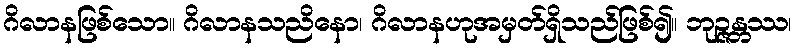
ဂိလာနဖြစ်သော။ ဂိလာနသညိနော၊ ဂိလာနဟုအမှတ်ရှိသည်ဖြစ်၍။ ဘုဉ္ဇန္တဿ၊